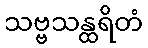
သဗ္ဗသန္ထရိတံ